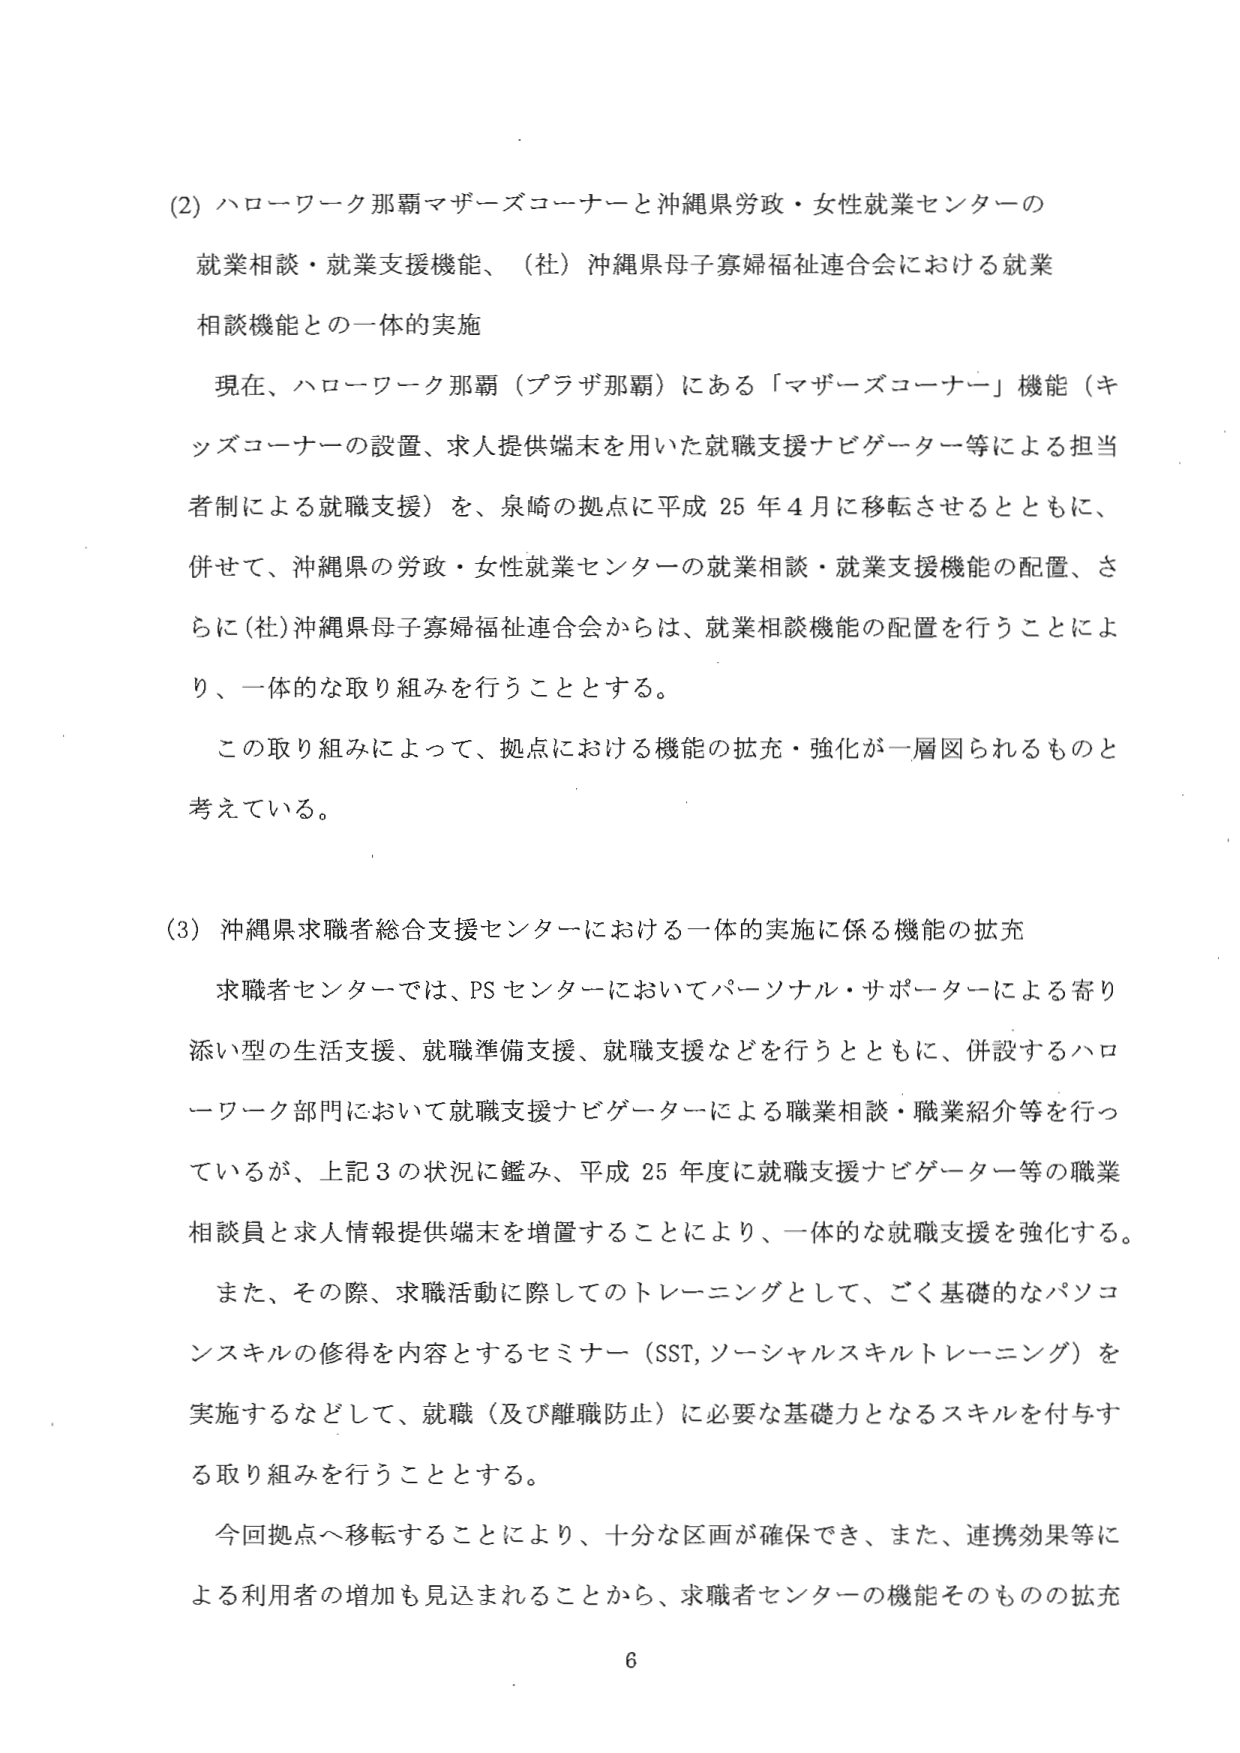
(2) ハローワーク那覇マザーズコーナーと沖縄県労政・女性就業センターの
就業相談・就業支援機能、（社）沖縄県母子寡婦福祉連合会における就業
相談機能との一体的実施

現在、ハローワーク那覇（プラザ那覇）にある「マザーズコーナー」機能（キッズコーナーの設置、求人提供端末を用いた就職支援ナビゲーター等による担当者制による就職支援）を、泉崎の拠点に平成25年4月に移転させるとともに、併せて、沖縄県の労政・女性就業センターの就業相談・就業支援機能の配置、さらに（社）沖縄県母子寡婦福祉連合会からは、就業相談機能の配置を行うことにより、一体的な取り組みを行うこととする。

この取り組みによって、拠点における機能の拡充・強化が一層図られるものと考えている。

(3) 沖縄県求職者総合支援センターにおける一体的実施に係る機能の拡充

求職者センターでは、PSセンターにおいてパーソナル・サポーターによる寄り添い型の生活支援、就職準備支援、就職支援などを行うとともに、併設するハローワーク部門において就職支援ナビゲーターによる職業相談・職業紹介等を行っているが、上記3の状況に鑑み、平成25年度に就職支援ナビゲーター等の職業相談員と求人情報提供端末を増置することにより、一体的な就職支援を強化する。

また、その際、求職活動に際してのトレーニングとして、ごく基礎的なパソコンスキルの修得を内容とするセミナー（SST, ソーシャルスキルトレーニング）を実施するなどして、就職（及び離職防止）に必要な基礎力となるスキルを付与する取り組みを行うこととする。

今回拠点へ移転することにより、十分な区画が確保でき、また、連携効果等による利用者の増加も見込まれることから、求職者センターの機能そのものの拡充

6